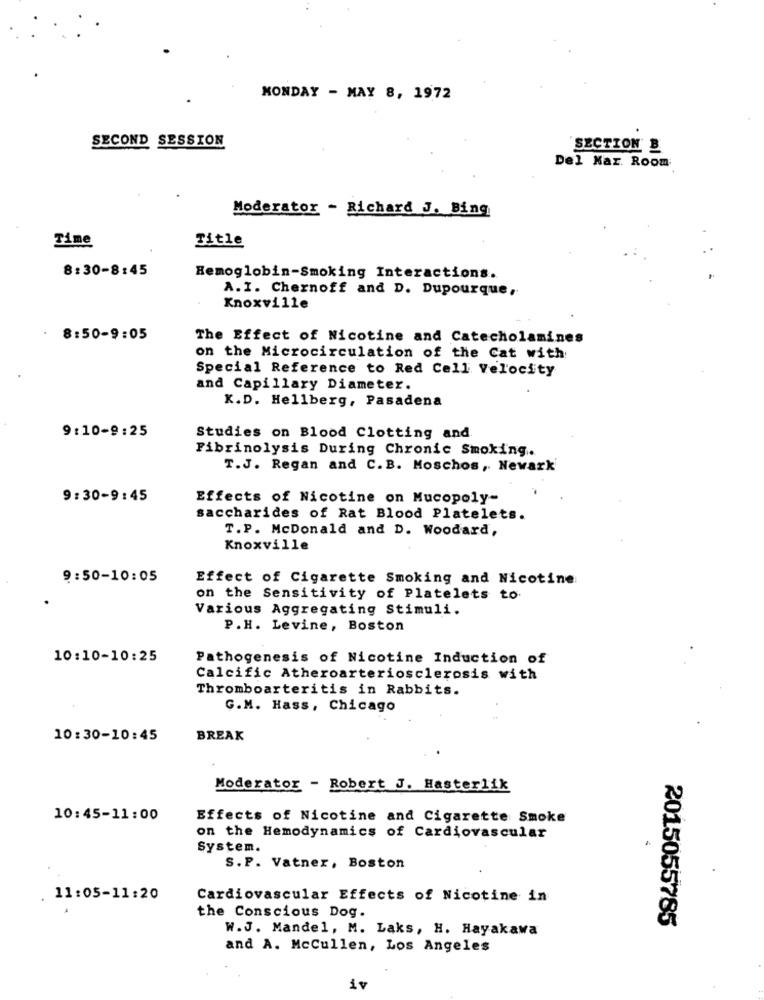
MONDAY - MAY 8, 1972
SECOND SESSION
SECTION B
Del Mar. Room
Moderator - Richard J. Bing
Title
Time
8:30-8:45
Hemoglobin-Smoking Interactions.
A.I. Chernoff and D. Dupourque,
Knoxville
8:50-9:05
The Effect of Nicotine and Catecholamines
on the Microcirculation of the Cat with
Special Reference to Red Cell Velocity
and Capillary Diameter.
K.D. Hellberg, Pasadena
9:10-9:25
Studies on Blood Clotting and
Fibrinolysis During Chronic Smoking.
T.J. Regan and C.B. Moschos, Newark
9:30-9:45
Effects of Nicotine on Mucopoly-
saccharides of Rat Blood Platelets.
T.P. McDonald and D. Woodard,
Knoxville
9:50-10:05
Effect of Cigarette Smoking and Nicotine:
on the Sensitivity of Platelets to.
Various Aggregating Stimuli.
P.H. Levine, Boston
10:10-10:25
Pathogenesis of Nicotine Induction of
Calcific Atheroarteriosclerosis with
Thromboarteritis in Rabbits.
G.M. Hass, Chicago
10:30-10:45
BREAK
Moderator - Robert J. Hasterlik
10:45-11:00
Effects of Nicotine and Cigarette Smoke
on the Hemodynamics of Cardiovascular
System.
S.P. Vatner, Boston
. 11:05-11:20
Cardiovascular Effects of Nicotine in
the Conscious Dog.
W.J. Mandel, M. Laks, H. Hayakawa
2015055785
and A. McCullen, Los Angeles
iv